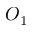
O _ { 1 }